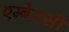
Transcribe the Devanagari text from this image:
एम्बेस्सी